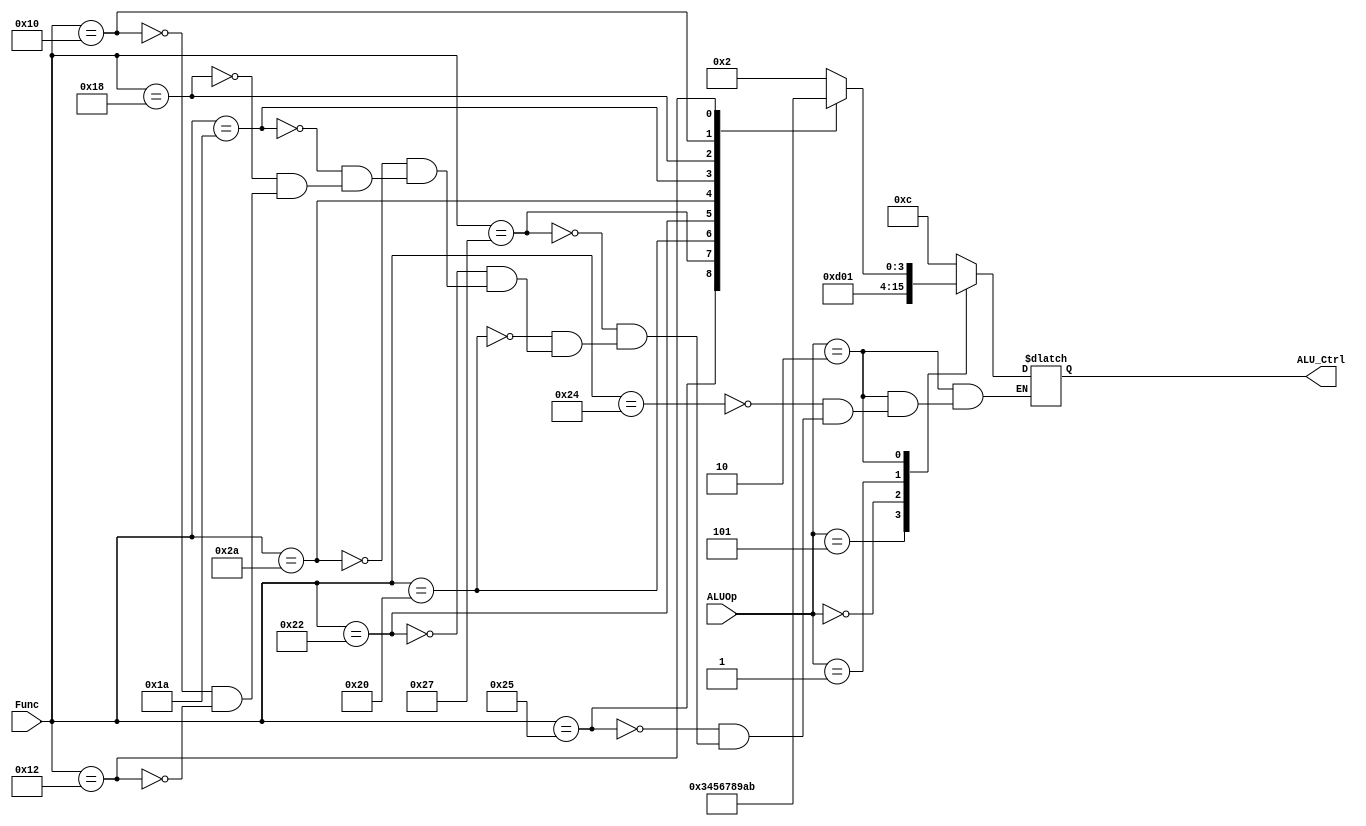
 module ALU_Control(ALU_Ctrl,ALUOp,Func);  
     output reg[3:0] ALU_Ctrl;   
     input [2:0] ALUOp;   
     input [5:0] Func;  

     always @(*)  
        begin
         case (ALUOp)  
            3'b100:    
            ALU_Ctrl = 4'b1100; // add immediate
            3'b101:
            ALU_Ctrl = 4'b1101; // lW
            3'b000:
            
            ALU_Ctrl = 4'b0000; //SW
            3'b001:
            ALU_Ctrl = 4'b0001; //BEQ
            3'b010:
            case(Func)
           
                6'b100100: // AND *
                ALU_Ctrl = 4'b0010;
                6'b100101: // OR *
                ALU_Ctrl = 4'b0011;

                6'b100111: //NOR  *
                ALU_Ctrl = 4'b0100;

                6'b100000: //ADD 
                ALU_Ctrl = 4'b0101;
                6'b100010: //SUB
                ALU_Ctrl = 4'b0110;
                6'b101010: //SLT
                ALU_Ctrl = 4'b0111;

                6'b011010: //DIV ()
                ALU_Ctrl = 4'b1000;
                6'b011000: // MULT ()
                ALU_Ctrl = 4'b1001; 
                6'b010000: //MFHI ()
                ALU_Ctrl = 4'b1010;
                6'b010010: //MFLO ()
                ALU_Ctrl = 4'b1011;
           
            endcase

          default: ALU_Ctrl=4'bXXXX;  
        endcase  
        end
     endmodule